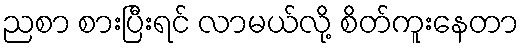
ညစာ စားပြီးရင် လာမယ်လို့ စိတ်ကူးနေတာ